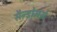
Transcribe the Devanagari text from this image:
सैन्डोमर्स